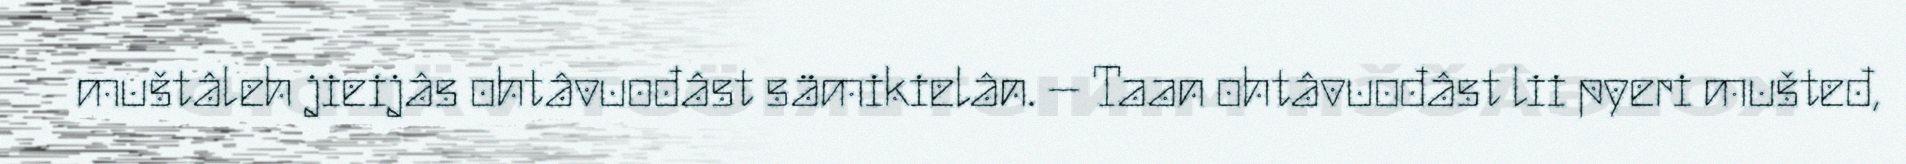
muštâleh jieijâs ohtâvuođâst sämikielân. – Taan ohtâvuođâst lii pyeri mušteđ,